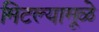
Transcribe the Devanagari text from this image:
मिटल्यामूळे